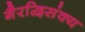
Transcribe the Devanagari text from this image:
गैरद्विसंक्य